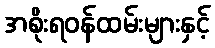
အစိုးရဝန်ထမ်းများနှင့်